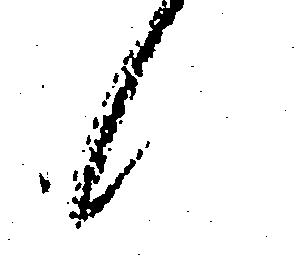
候